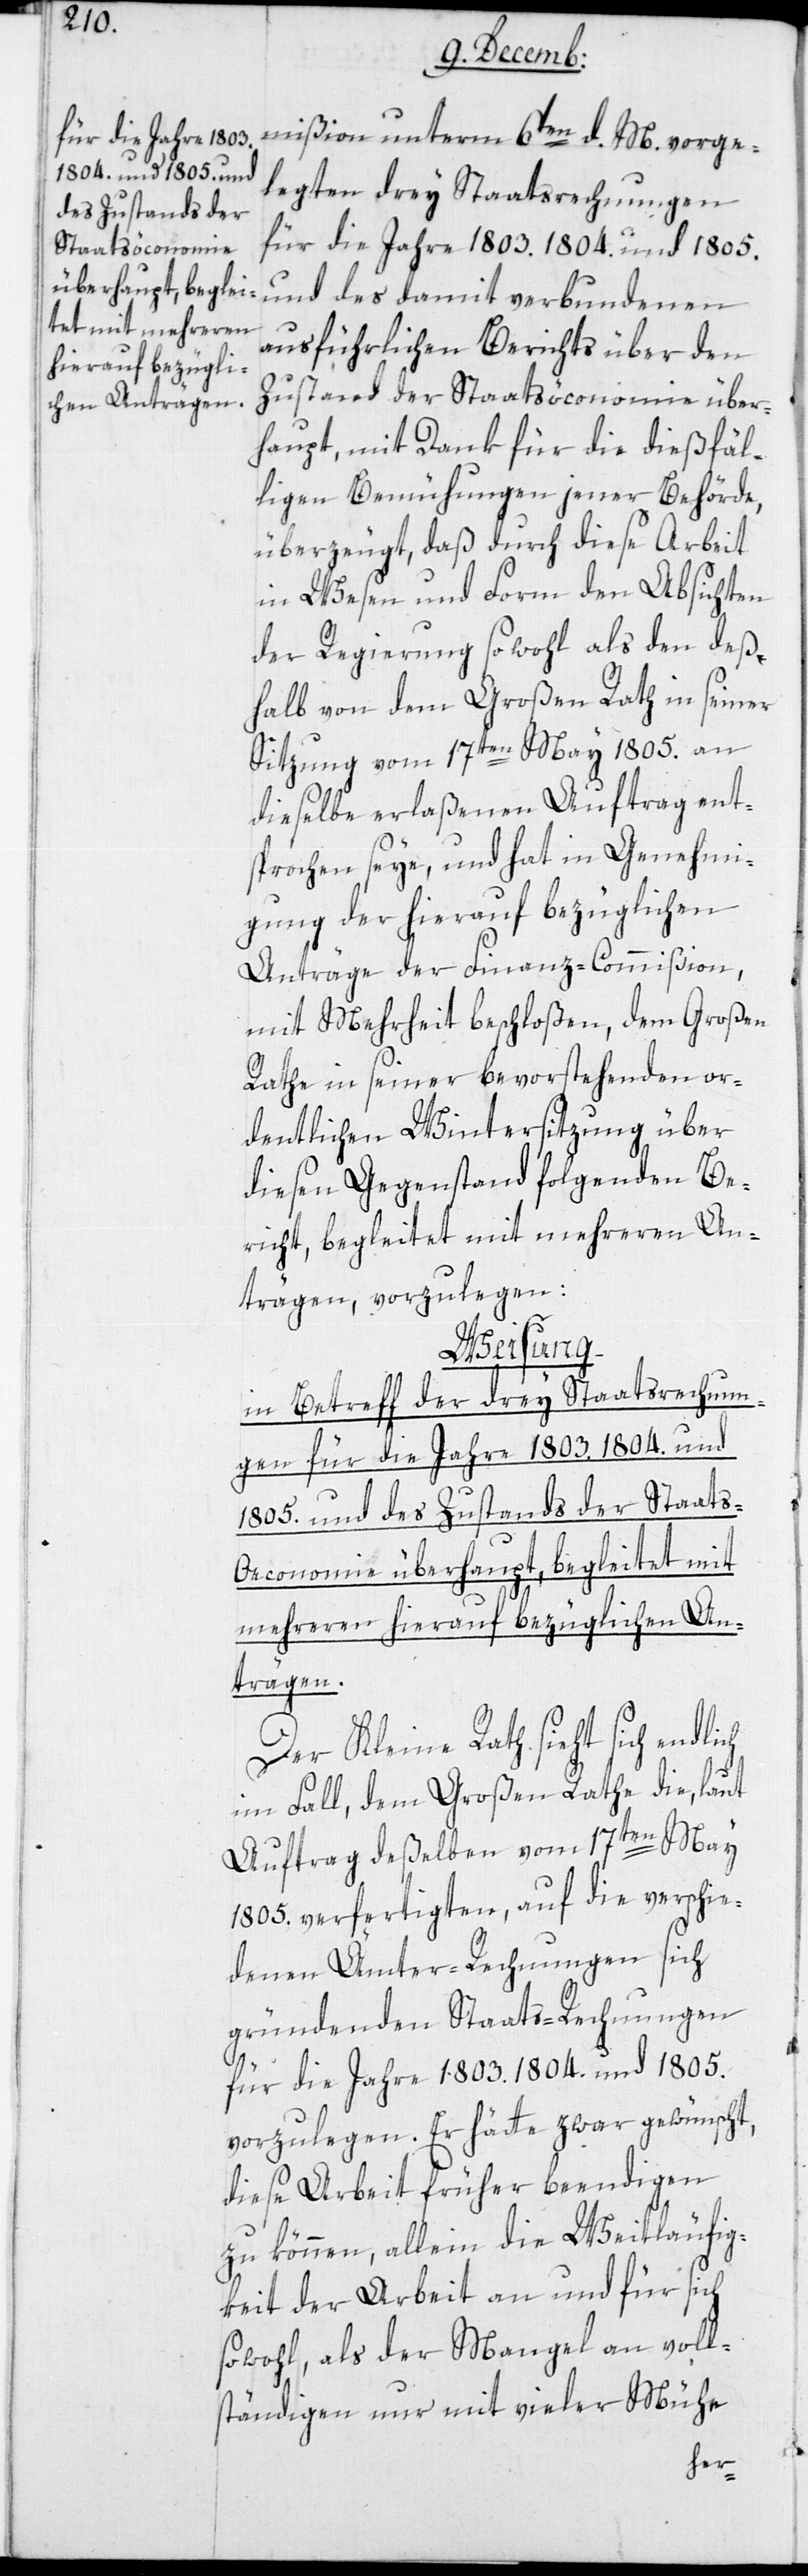
für die Jahre 1803.
mißion unterm 6ten d. M. vorge¬
1804.und 1805. und
legten drey Staatsrechungen
ausführlichen Berichts über den
Zustand der Staatsöconomie über¬
haupt, mit Dank für die dießfäl¬
ligen Bemühungen jener Behörde,
überzeugt, daß durch diese Arbeit
in Wesen und Form den Absichten
der Regierung sowohl als den deß¬
halb von dem Großen Rath in seiner
Sitzung vom 17ten May 1805. an
dieselbe erlaßenen Auftrag ent¬
sprochen seye, und hat in Genehmi¬
gung der hierauf bezüglichen
Anträge der Finanz-Commißion,
mit Mehrheit beschloßen, dem Großen
Rathe in seiner bevorstehenden or¬
dentlichen Wintersitzung über
diesen Gegenstand folgenden Be¬
richt, begleitet mit mehreren An¬
trägen, vorzulegen:
Weisung
in Betreff der drey Staatsrechnun¬
gen für die Jahre 1803. 1804. und
1805. und des Zustands der Staats-O¬
economie überhaupt, begleitet mit
mehreren hierauf bezüglichen An¬
trägen.
Der Kleine Rath sieht sich
im Fall, dem Großen Rathe die, laut
Auftrag deßelben vom 17ten May
1805. verfertigten, auf die verschie¬
denen Ämter-Rechnungen sich
gründenden Staats-Rechnungen
für die Jahre 1803. 1804. und 1805.
vorzulegen. Er hätte zwar gewünscht,
diese Arbeit früher beendigen
zu können, allein die Weitläufig¬
keit der Arbeit an und für sich
sowohl, als der Mangel an voll¬
ständigen nur mit vieler Mühe